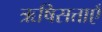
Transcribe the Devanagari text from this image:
ऋषिसत्ताएँ